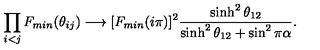
\prod _ { i < j } F _ { m i n } ( \theta _ { i j } ) \longrightarrow [ F _ { m i n } ( i \pi ) ] ^ { 2 } \frac { \sinh ^ { 2 } \theta _ { 1 2 } } { \sinh ^ { 2 } \theta _ { 1 2 } + \sin ^ { 2 } \pi \alpha } .